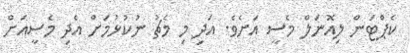
ކެޕްޓަން ލިއޮނަލް މެސީ އަށެވެ. އަދި މި މެޗު ނުުކުޅުމަށް އެދި މެސީއަށް